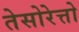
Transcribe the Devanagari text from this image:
तेसोरेत्तो